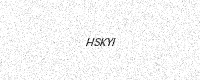
Text: HSKYI